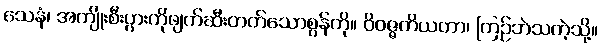
သေနံ၊ အကျိုးစီးပွားကိုဖျက်ဆီးတတ်သောစွန်ကို။ ဝိဝဇ္ဇတိယတာ၊ ကြဉ်ဘဲသကဲ့သို့။